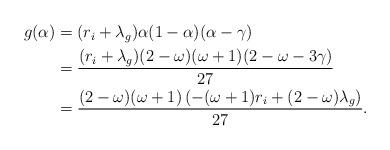
LaTeX: \begin{align*}\begin{aligned}g(\alpha)&=(r_i+\lambda_g)\alpha(1-\alpha)(\alpha-\gamma)\\&=\frac{(r_i+\lambda_g)(2-\omega)(\omega+1)(2-\omega-3\gamma)}{27}\\&=\frac{(2-\omega)(\omega+1)\left(-(\omega+1)r_i+(2-\omega)\lambda_g\right)}{27}.\end{aligned}\end{align*}